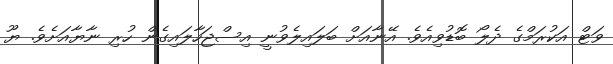
ވަޓް އަކުރަމްގެ ދެލޯ ބޮޑުވިއެވެ. އޭނާއަށް ބަލައިލެވުނީ އިސްޖަހާލައިގެން ހުރި ނާޔާއަށެވެ. ޔޫ